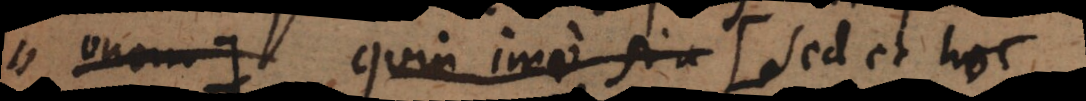
onem) quin imo si (+ sed et hoc